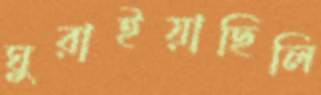
ঘুরাইয়াছিলি